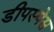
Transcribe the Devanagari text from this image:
डीपस्पेस